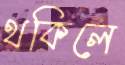
থকিলে